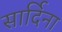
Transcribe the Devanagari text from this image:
सार्दिना